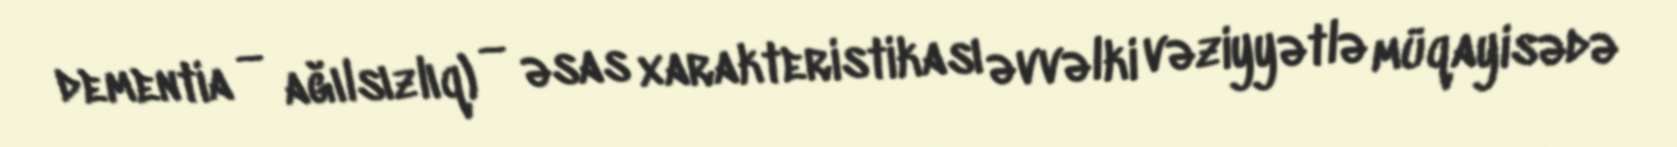
dementia — ağılsızlıq) — əsas xarakteristikası əvvəlki vəziyyətlə müqayisədə